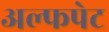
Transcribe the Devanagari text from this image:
अल्फपेट